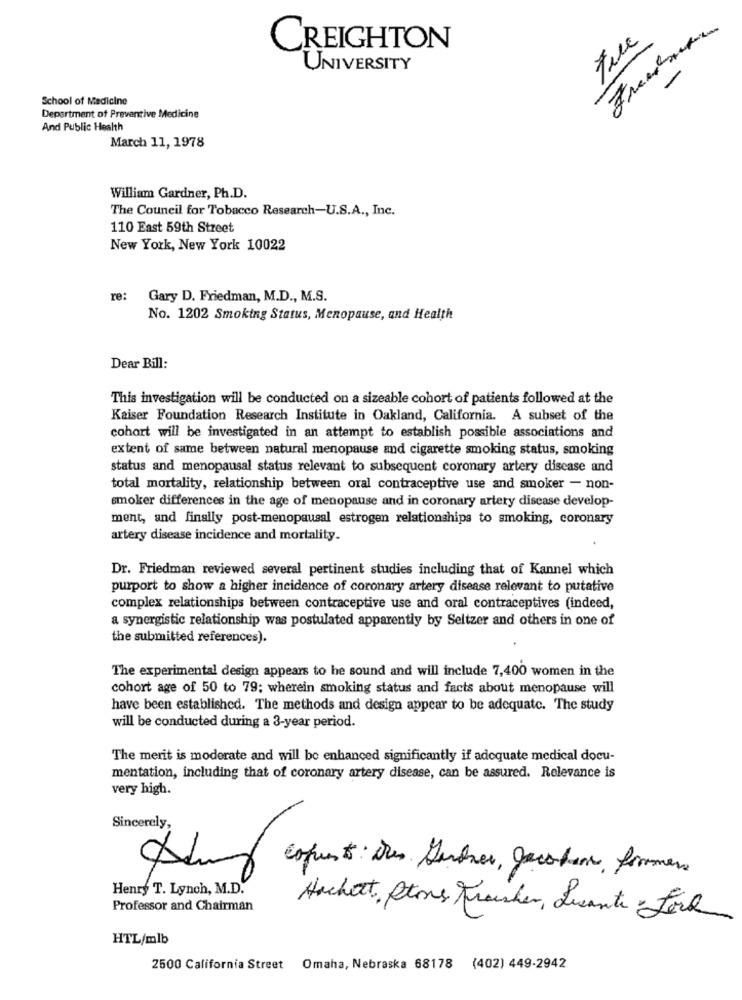
CREIGHTON
UNIVERSITY
School of Medicine
Department of Preventive Medicine
And Public Health
March 11, 1978
William Gardner, Ph.D.
The Council for Tobacco Research-U.S.A ., Inc.
110 East 59th Street
New York, New York 10022
re:
Gary D. Friedman, M.D ., M.S.
No. 1202 Smoking Status, Menopause, and Health
Dear Bill:
This investigation will be conducted on a sizeable cohort of patients followed at the
Kaiser Foundation Research Institute in Oakland, California. A subset of the
cohort will be investigated in an attempt to establish possible associations and
extent of same between natural menopause and cigarette smoking status, smoking
status and menopausal status relevant to subsequent coronary artery disease and
total mortality, relationship between oral contraceptive use and smoker - non-
smoker differences in the age of menopause and in coronary artery disease develop-
ment, and finally post-menopausal estrogen relationships to smoking, coronary
artery disease incidence and mortality.
Dr. Friedman reviewed several pertinent studies including that of Kannel which
purport to show a higher incidence of coronary artery disease relevant to putative
complex relationships between contraceptive use and oral contraceptives (indeed,
a synergistic relationship was postulated apparently by Seltzer and others in one of
the submitted references).
The experimental design appears to he sound and will include 7,400 women in the
cohort age of 50 to 79; wherein smoking status and facts about menopause will
have been established. The methods and design appear to be adequate. The study
will be conducted during a 3-year period.
The merit is moderate and will be enhanced significantly if adequate medical docu-
mentation, including that of coronary artery disease, can be assured. Relevance is
very high.
Sincerely,
Copust: Des Gardner, Jacoben, formers
Henry T. Lynch, M.D.
Professor and Chairman
Hachett, Stome Fraicher, Lucanti Lock
HTL/mlb
2500 California Street Omaha, Nebraska 68178 (402) 449-2942